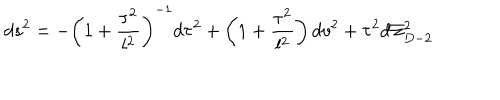
LaTeX: d s ^ { 2 } = - \left( 1 + \frac { \tau ^ { 2 } } { l ^ { 2 } } \right) ^ { - 1 } d \tau ^ { 2 } + \left( 1 + \frac { \tau ^ { 2 } } { l ^ { 2 } } \right) d v ^ { 2 } + \tau ^ { 2 } d \Sigma _ { D - 2 } ^ { 2 }